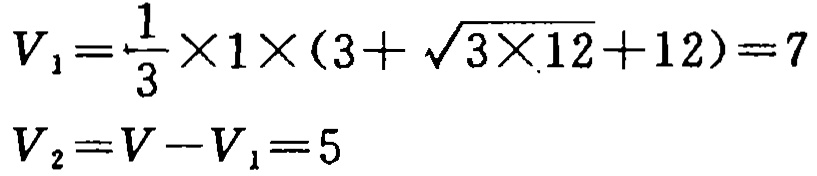
\[
\begin{align*}
V_1&=\frac{1}{3}\times1\times(3 + \sqrt{3\times12}+12)=7\\
V_2&=V - V_1 = 5
\end{align*}
\]